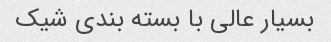
بسیار عالی با بسته بندی شیک